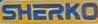
SHERKO